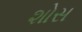
શોસ